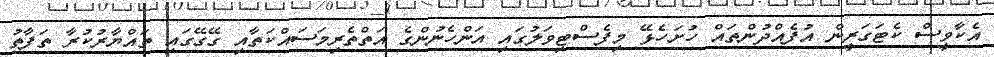
އެކާވީސް ކެޓަގަރީން އުފެއްދުންތައް ހުށަހެޅޭ މިފެސްޓިވަލުގައި އަންހެނުންގެ އަތްތެރިމަސައްކަތާއި ގޭގޭގައި ތައްޔާރުކުރާ ތަފާތު